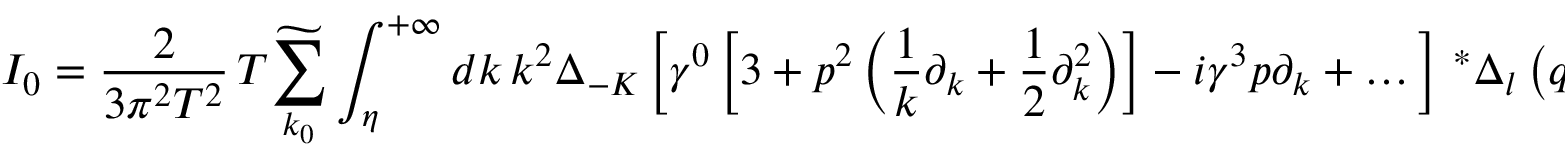
I _ { 0 } = \frac { 2 } { 3 \pi ^ { 2 } T ^ { 2 } } \, T \widetilde { \sum _ { k _ { 0 } } } \int _ { \eta } ^ { + \infty } d k \, k ^ { 2 } \Delta _ { - K } \left[ \gamma ^ { 0 } \left[ 3 + p ^ { 2 } \left( \frac { 1 } { k } \partial _ { k } + \frac { 1 } { 2 } \partial _ { k } ^ { 2 } \right) \right] - i \gamma ^ { 3 } p \partial _ { k } + \dots \right] \, ^ { \ast } \Delta _ { l } \left( q _ { 0 } , k \right) \, .